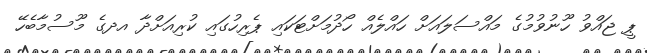
ޕީ ޖައްވު ހޫނުވުމުގެ މައްސަލައަށް ހައްލެއް ހޯދުމަށްޓަކައި ޕެރިހުގައި ކުރިއަށްދާ އދގެ މޫސުމާބެހޭ